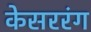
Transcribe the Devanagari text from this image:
केसररंग